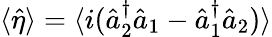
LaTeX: \langle\hat{\eta}\rangle=\langle i(\hat{a}_{2}^{\dagger}\hat{a}_{1}-\hat{a}_{1}^{\dagger}\hat{a}_{2})\rangle